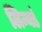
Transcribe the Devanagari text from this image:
लिन्यर्ड